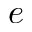
e